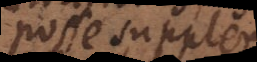
posse suppleri,